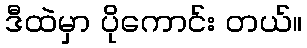
ဒီထဲမှာ ပိုကောင်း တယ်။